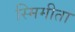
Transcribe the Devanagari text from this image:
स्मिमीता